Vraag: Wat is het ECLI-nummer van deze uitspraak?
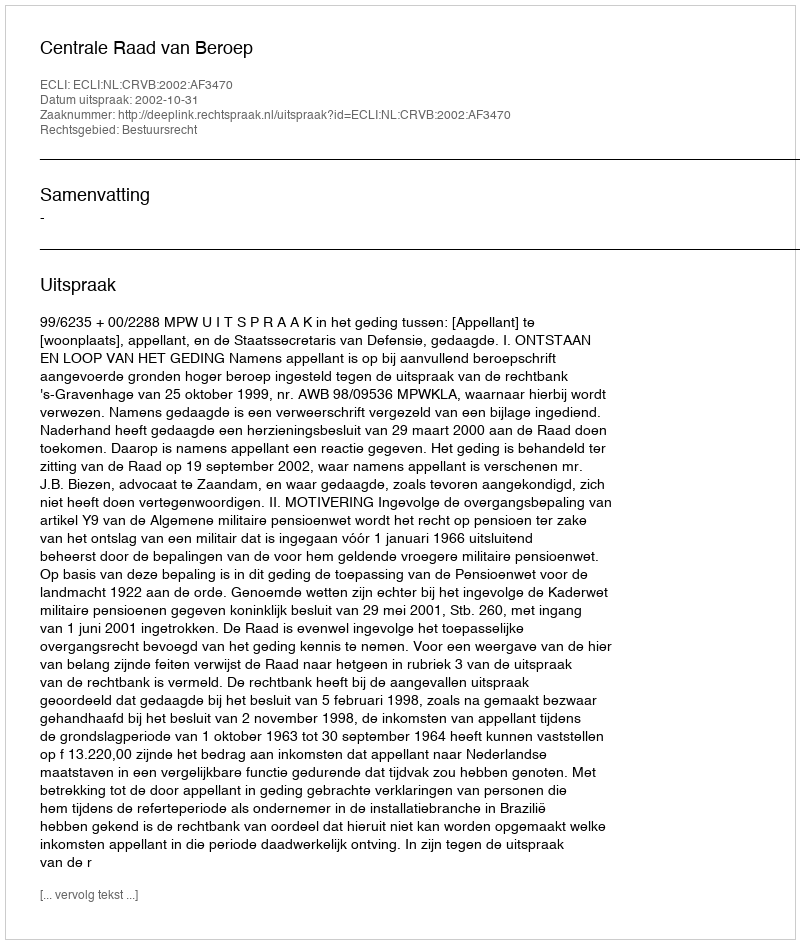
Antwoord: ECLI:NL:CRVB:2002:AF3470